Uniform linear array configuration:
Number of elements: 4
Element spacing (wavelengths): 0.25
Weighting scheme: hamming
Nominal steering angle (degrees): -45
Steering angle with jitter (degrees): -46.083
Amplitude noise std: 0.05
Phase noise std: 0.05

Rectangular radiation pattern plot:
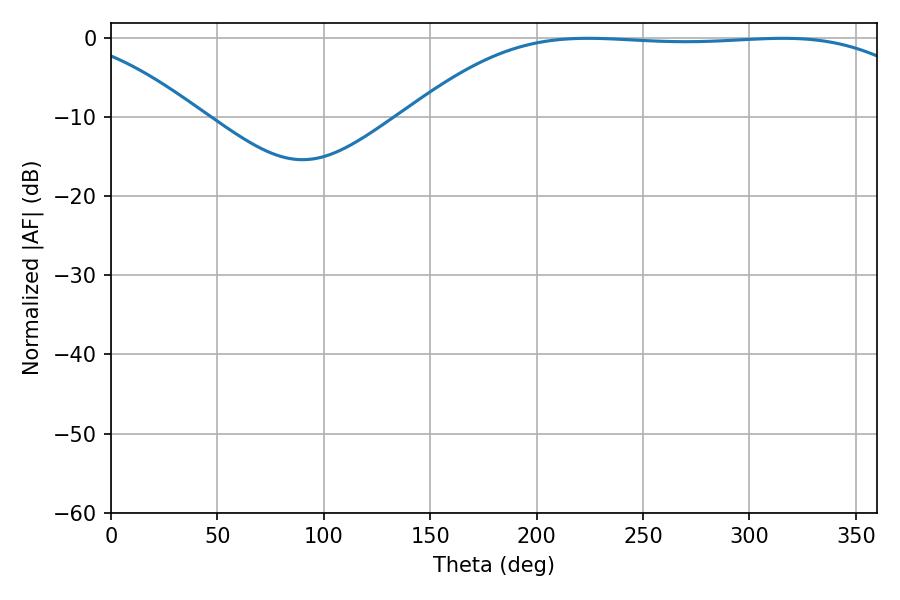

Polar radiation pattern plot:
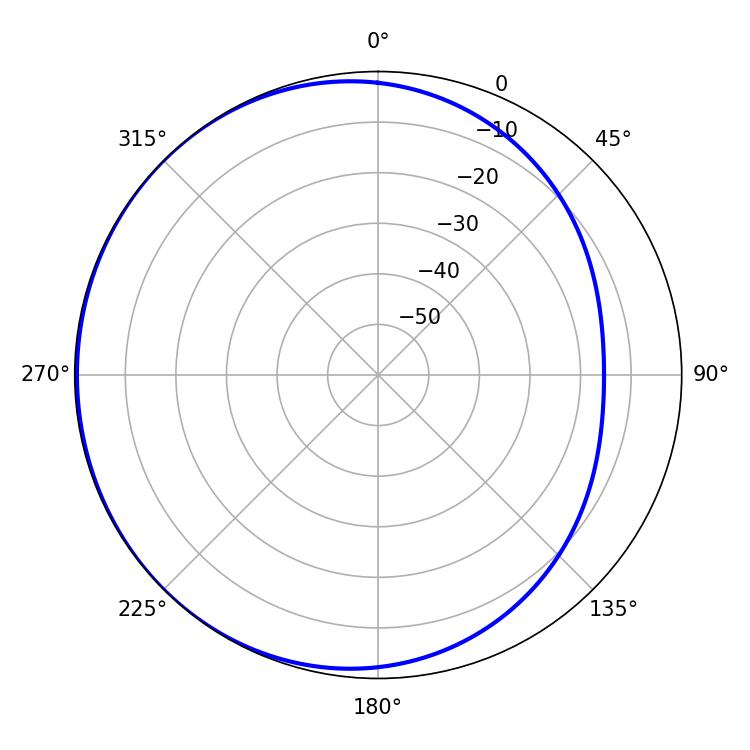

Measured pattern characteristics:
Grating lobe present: FALSE
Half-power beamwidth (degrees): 186.3
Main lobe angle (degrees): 224.1